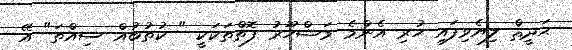
ޙަދީޘް ލިޔެވިފައި ހުރި އެންމެ މަޝްހޫރު ފޮތްތަކަކީ " ކުތުބުއް ސިއްތަ" އޭ